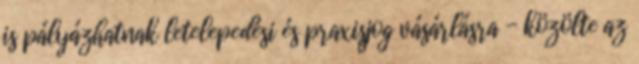
is pályázhatnak letelepedési és praxisjog vásárlásra - közölte az